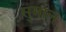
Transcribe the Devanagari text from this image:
सुमाल